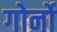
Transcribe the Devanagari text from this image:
गोर्नो